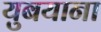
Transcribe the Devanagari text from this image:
युबयाना